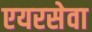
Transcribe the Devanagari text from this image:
एयरसेवा